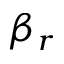
\beta _ { r }